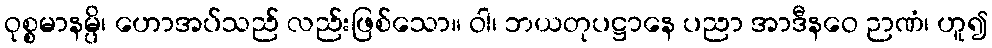
ဝုစ္စမာနမ္ပိ၊ ဟောအပ်သည် လည်းဖြစ်သော။ ဝါ၊ ဘယတုပဋ္ဌာနေ ပညာ အာဒီနဝေ ဉာဏံ၊ ဟူ၍